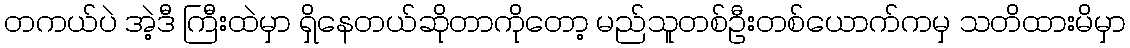
တကယ်ပဲ အဲ့ဒီ ကြီးထဲမှာ ရှိနေတယ်ဆိုတာကိုတော့ မည်သူတစ်ဦးတစ်ယောက်ကမှ သတိထားမိမှာ